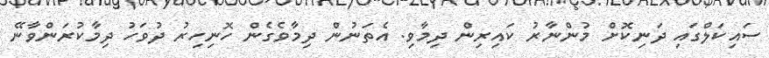
ސައިކަލްގައި ދަނިކޮށް މުންނާރު ކައިރިން ދިމާވި. އެތަނުން ދިމާވެގެން ހޮނިހިރު ދުވަހު ދިމާކުރަންވާނޭ